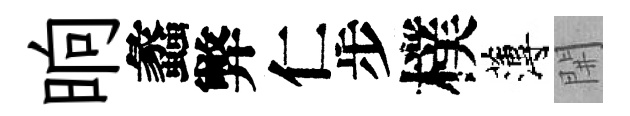
晌蠡弊仁步樸薄𨳩